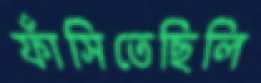
ফাঁসিতেছিলি